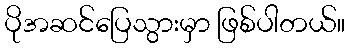
ပိုအဆင်ပြေသွားမှာ ဖြစ်ပါတယ်။